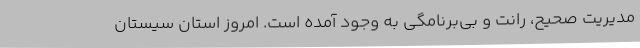
مدیریت صحیح، رانت و بی‌برنامگی به وجود آمده است. امروز استان سیستان